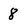
Character: 8